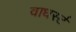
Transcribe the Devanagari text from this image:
वाधर्स्ट